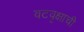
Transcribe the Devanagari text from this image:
वटवृक्षाची